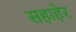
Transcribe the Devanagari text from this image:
सहाहेर